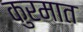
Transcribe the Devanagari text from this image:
कुरमात